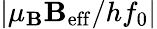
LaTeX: |\mu_{\mathbf{B}}\mathcal{{\mathbf{B}}}_{\mathrm{{eff}}}/hf_{0}|